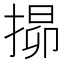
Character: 𭡧